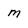
Character: m